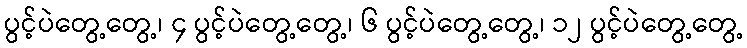
ပွင့်ပဲတွေ့တွေ့၊ ၄ ပွင့်ပဲတွေ့တွေ့၊ ၆ ပွင့်ပဲတွေ့တွေ့၊ ၁၂ ပွင့်ပဲတွေ့တွေ့